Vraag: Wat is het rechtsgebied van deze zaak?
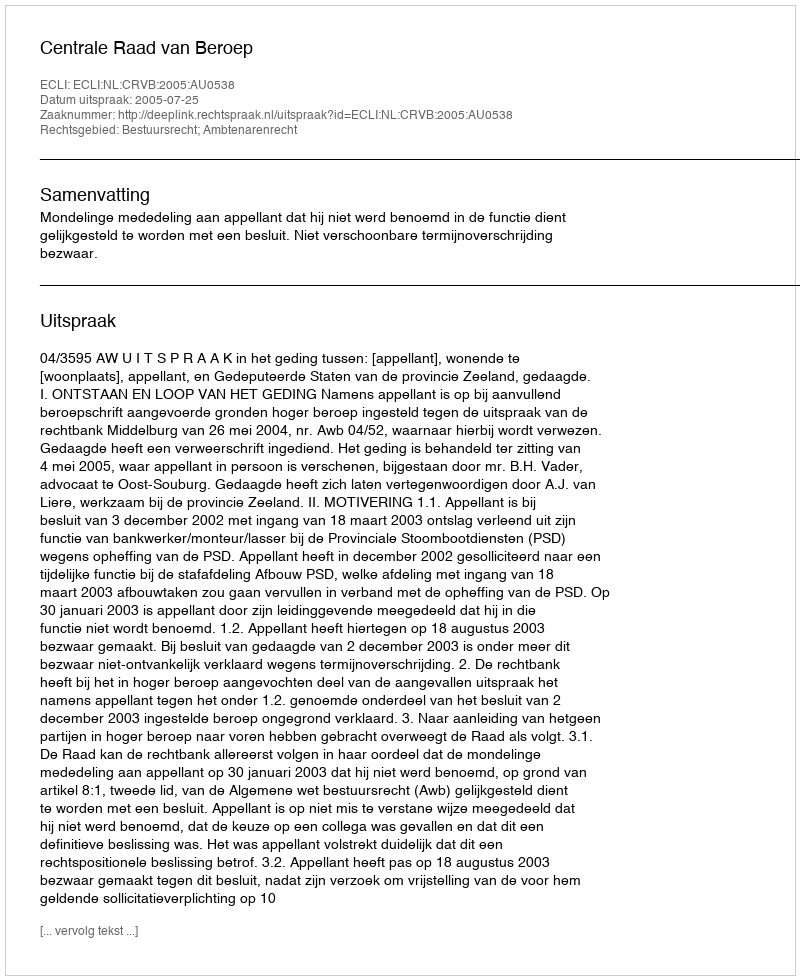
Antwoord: Bestuursrecht; Ambtenarenrecht